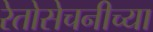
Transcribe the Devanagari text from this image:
रेतोसेचनीच्या